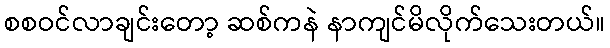
စစဝင်လာချင်းတော့ ဆစ်ကနဲ နာကျင်မိလိုက်သေးတယ်။